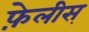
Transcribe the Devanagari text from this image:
फ़ेलीस्